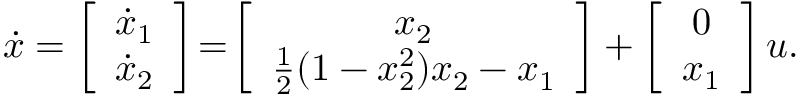
\begin{array} { r } { \dot { x } = \left[ \begin{array} { c } { \dot { x } _ { 1 } } \\ { \dot { x } _ { 2 } } \end{array} \right] \! = \! \left[ \begin{array} { c } { x _ { 2 } } \\ { \frac { 1 } { 2 } ( 1 - x _ { 2 } ^ { 2 } ) x _ { 2 } - x _ { 1 } } \end{array} \right] + \left[ \begin{array} { c } { 0 } \\ { x _ { 1 } } \end{array} \right] u . } \end{array}